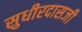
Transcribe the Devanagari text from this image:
सुधीरदासजी